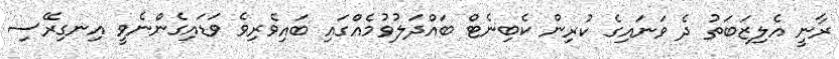
ރާނީ އެލިޒަބަތު ދެ ވަނައިގެ ކުރިން ކެބިނެޓް ބައްދަލުވުމެއްގައި ބައިވެރިވެ ވަޑައިގެންނެވީ އިނގިރޭސި